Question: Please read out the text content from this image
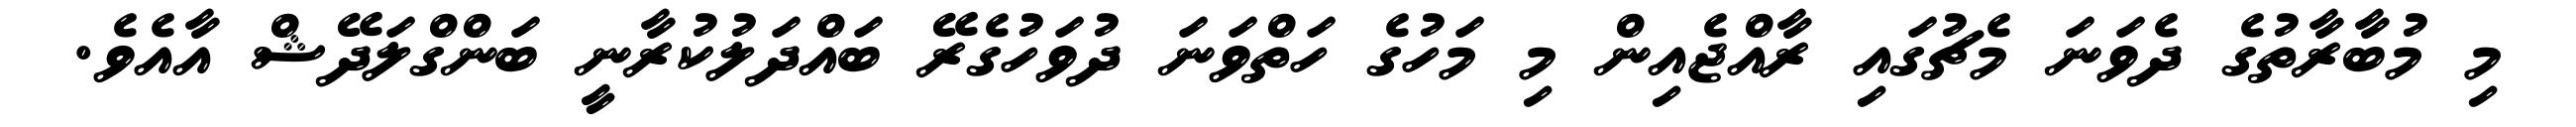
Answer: މި މުބާރާތުގެ ދެވަނަ މެޗުގައި ރާއްޖެއިން މި މަހުގެ ހަތްވަނަ ދުވަހުގެރޭ ބައްދަލުކުރާނީ ބަންގްލަދޭޝް އާއެވެ.